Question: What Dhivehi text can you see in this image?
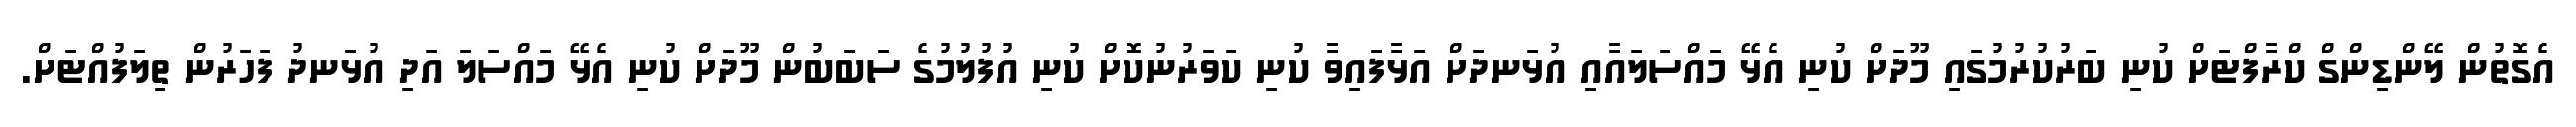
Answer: އެގޮތުން ލޭންޑިންގް ކްރާފްޓަށް ކުނި ބަރުކުރުމުގައި މޫދަށް ކުނި އެޅޭ މައްސަލައާއި އުޅަނދަށް އަޅާފައިވާ ކުނި ކަވަރުނުކޮށް ކުނި އުފުލުމުގެ ސަބަބުން މޫދަށް ކުނި އެޅޭ މައްސަލަ އަދި އުޅަނދު ފަހަރުން ތިލަފުއްޓަށް.